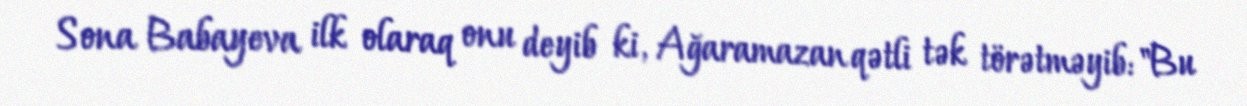
Sona Babayeva ilk olaraq onu deyib ki, Ağaramazan qətli tək törətməyib: "Bu